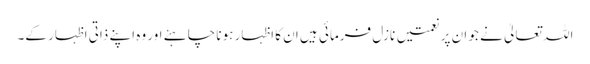
اللہ تعالیٰ نے جو ان پر نعمتیں نازل فرمائی ہیں ان کا اظہار ہونا چاہئے اور وہ اپنے ذاتی اظہار کے۔